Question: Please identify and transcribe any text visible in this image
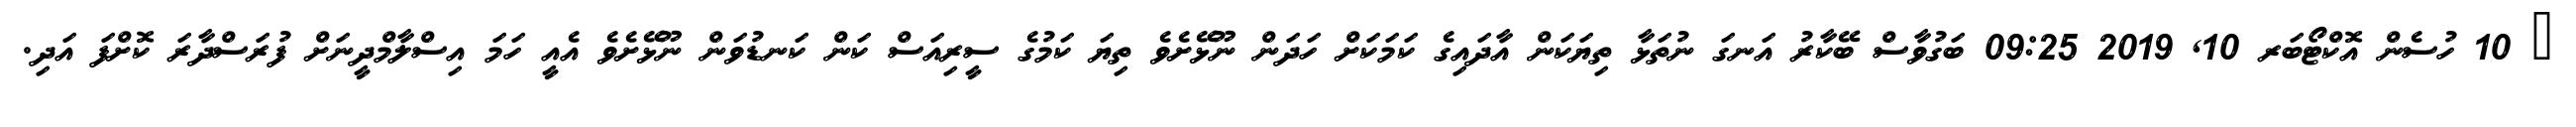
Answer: ? 10 ހުސެން އޮކްޓޯބަރ 10, 2019 09:25 ބަގުވާސް ބޭކާރު އަނގަ ނުތަޅާ ތިޔަކަން އާދައިގެ ކަމަކަށް ހަދަން ނޫޅޭށެވެ ތިޔަ ކަމުގެ ސީރިއަސް ކަން ކަނޑުވަން ނޫޅޭށެވެ އެއީ ހަމަ އިސްލާމްދީނަށް ފުރަސްދާރަ ކޮށްފަ އަދި.